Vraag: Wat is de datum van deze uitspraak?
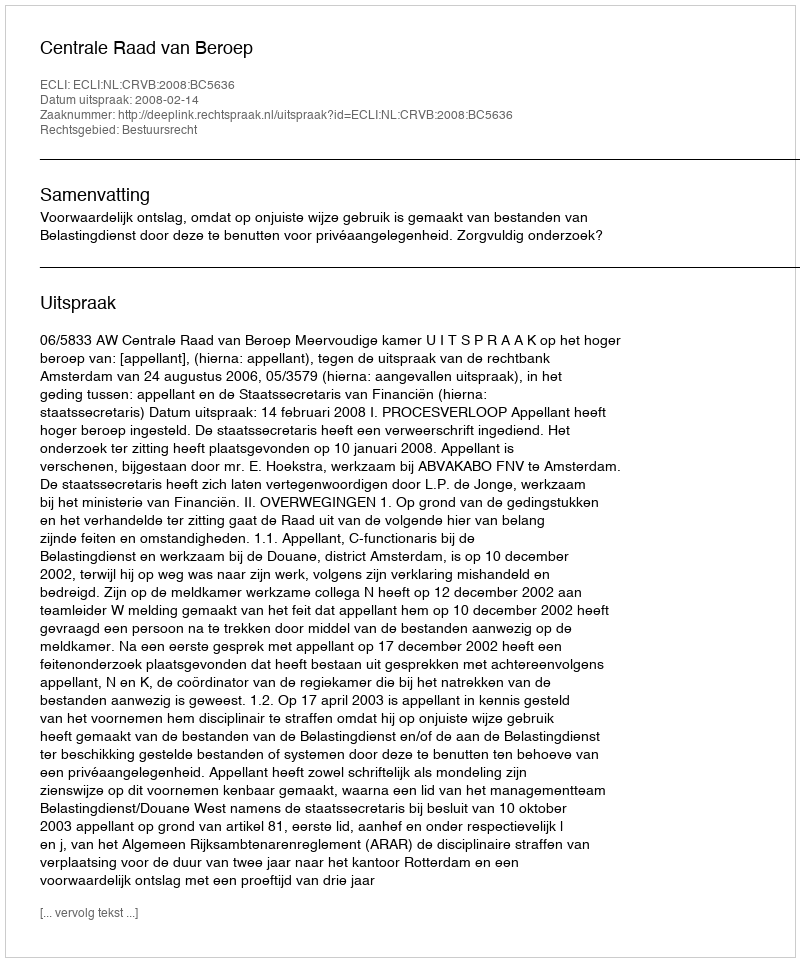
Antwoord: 2008-02-14